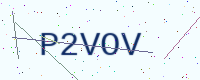
Text: P2VOV